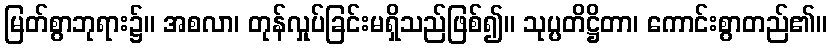
မြတ်စွာဘုရား၌။ အစလာ၊ တုန်လှုပ်ခြင်းမရှိသည်ဖြစ်၍။ သုပ္ပတိဋ္ဌိတာ၊ ကောင်းစွာတည်၏။